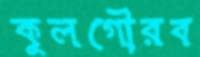
কুলগৌরব